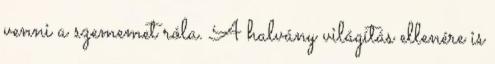
venni a szememet róla. A halvány világítás ellenére is